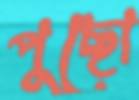
পুছো